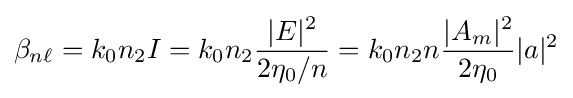
\beta _{n\ell }=k_{0}n_{2}I=k_{0}n_{2}{\frac {|E|^{2}}{2\eta _{0}/n}}=k_{0}n_{2}n{\frac {|A_{m}|^{2}}{2\eta _{0}}}|a|^{2}